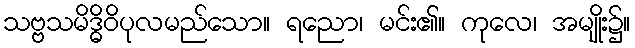
သဗ္ဗသမိဒ္ဓိဝိပုလမည်သော။ ရညော၊ မင်း၏။ ကုလေ၊ အမျိုး၌။